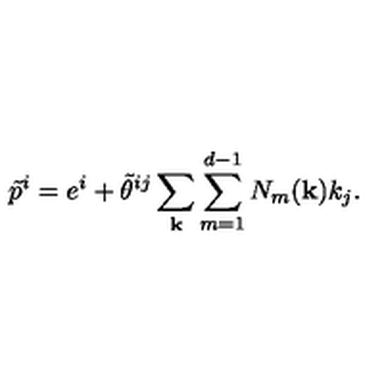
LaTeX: \tilde { p } ^ { i } = e ^ { i } + \tilde { \theta } ^ { i j } \sum _ { \bf k } \sum _ { m = 1 } ^ { d - 1 } N _ { m } ( { \bf k } ) k _ { j } .